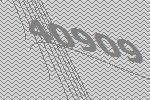
40909